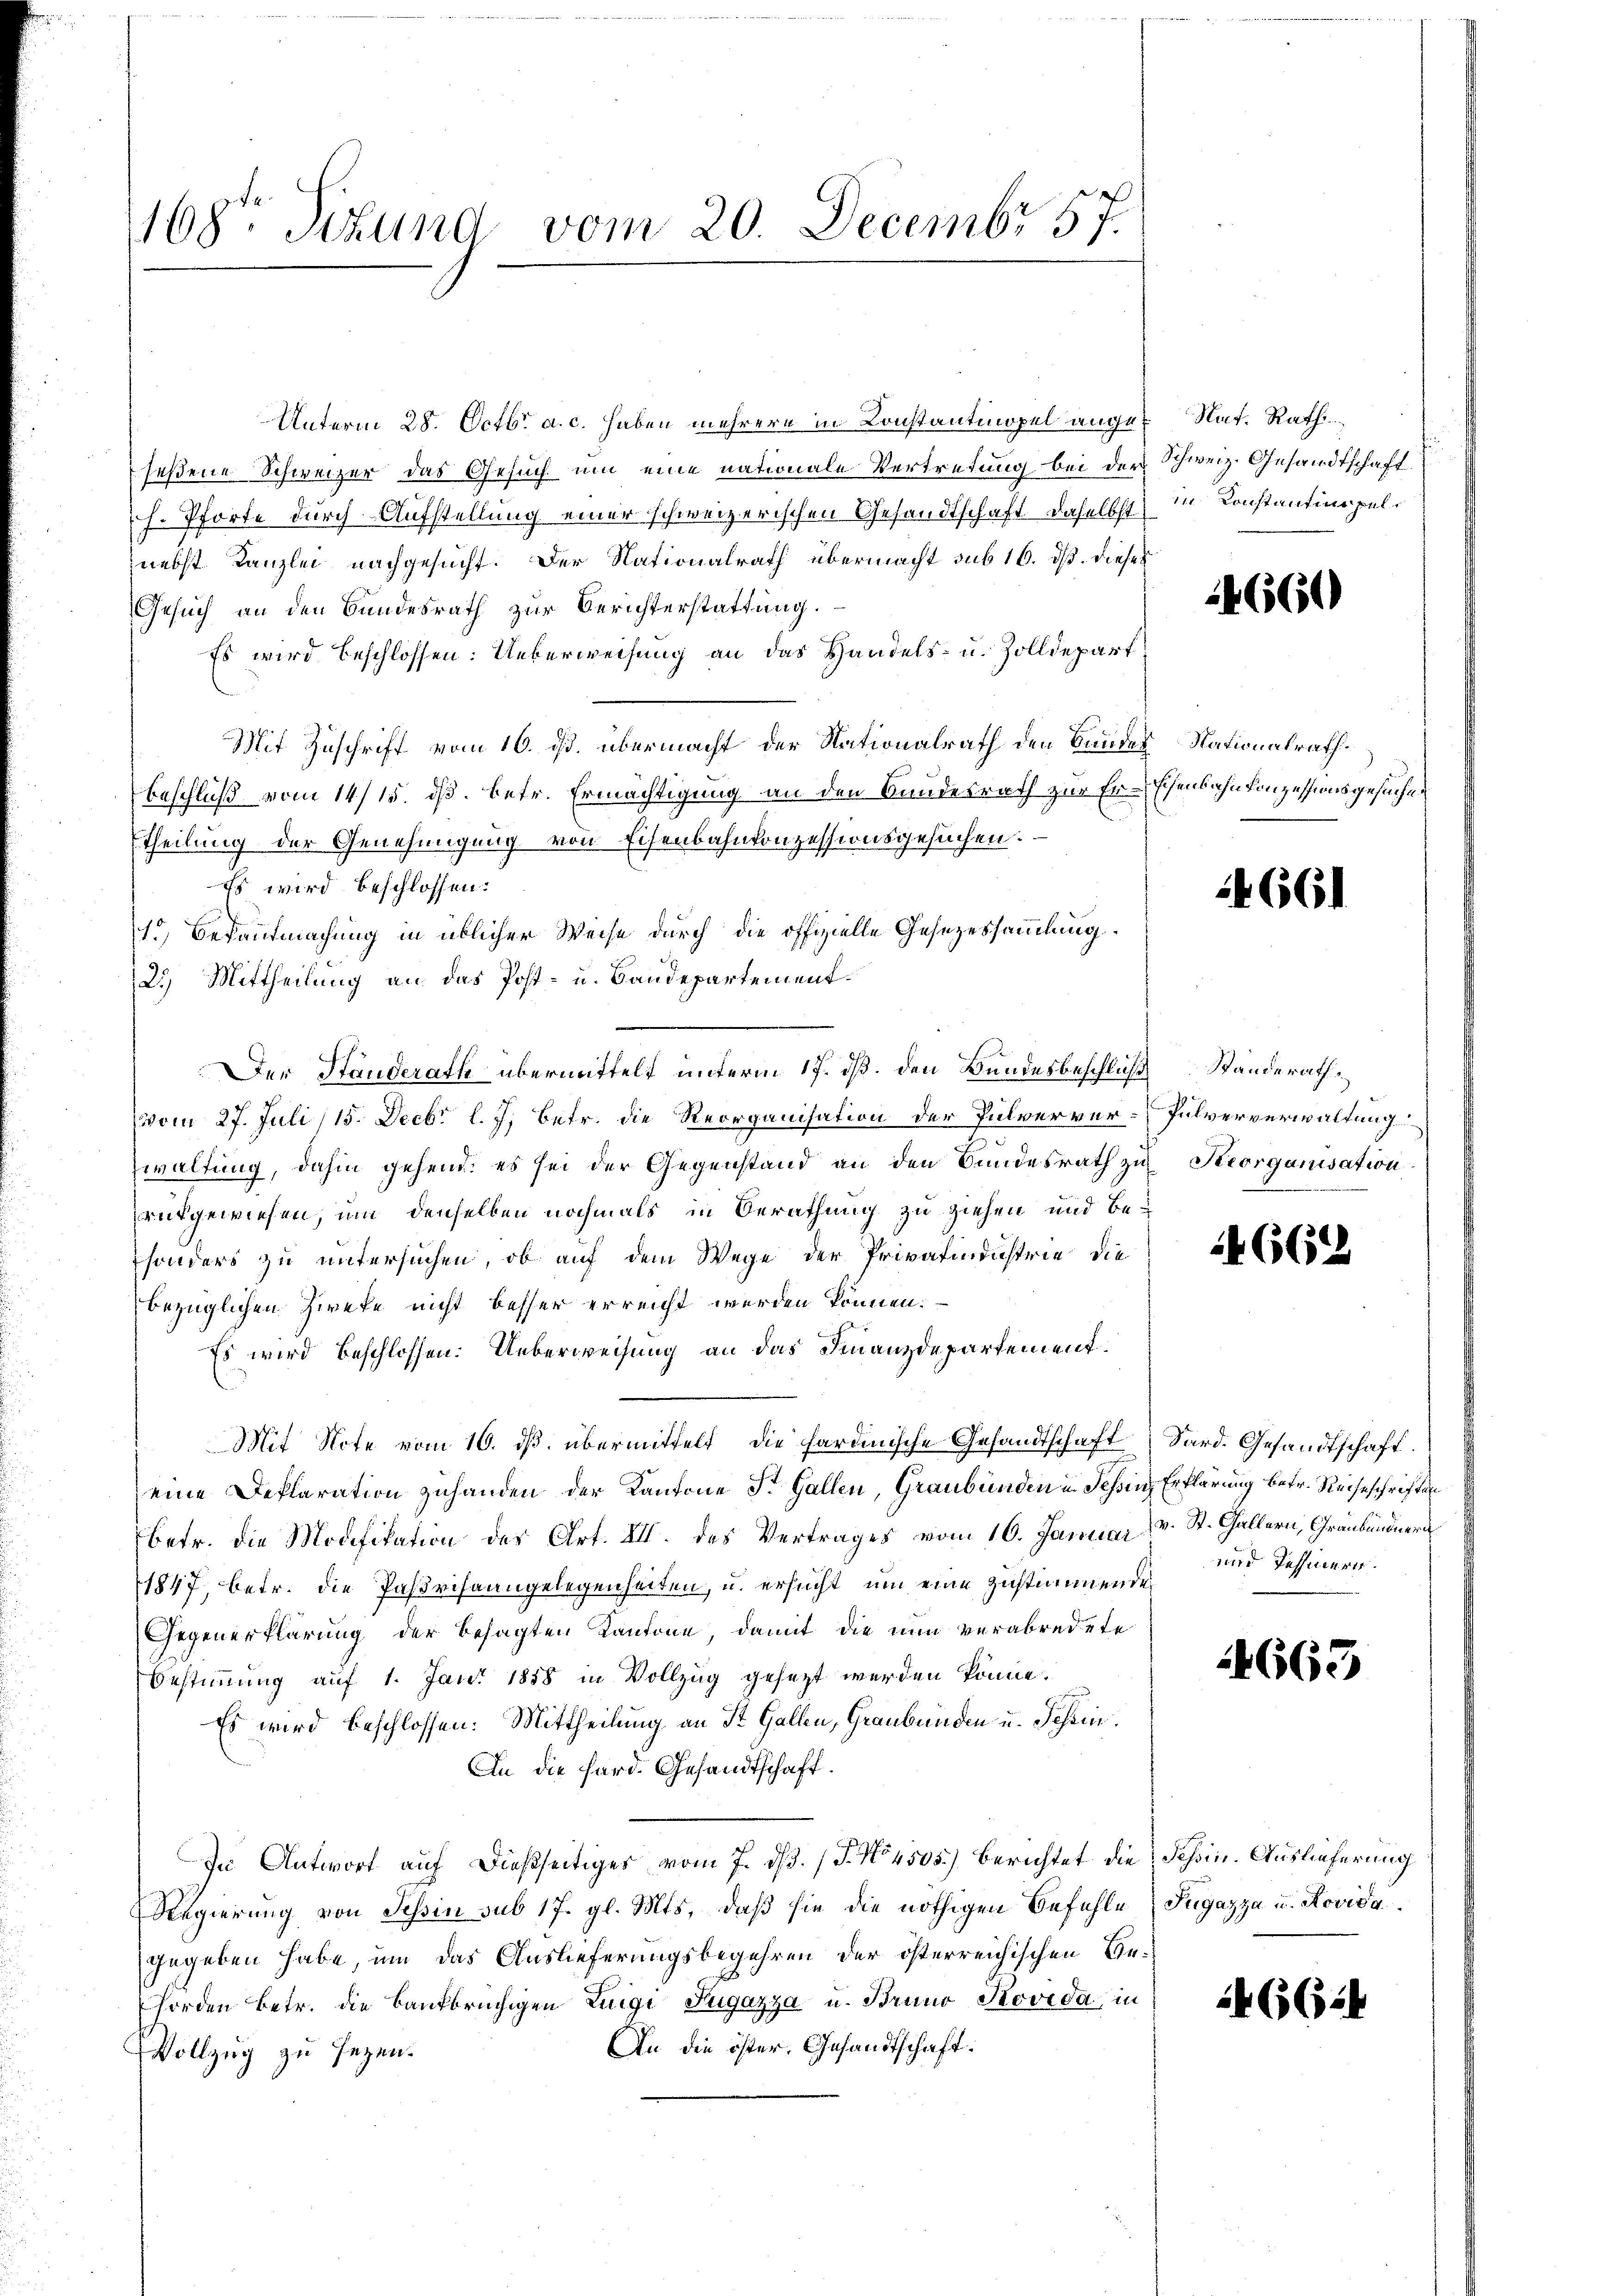
168te Sihund vom 20. Decembr 57.

Unterm 28. Octbr. a. c. haben mehrere in Konstantinopel angeseßene Schweizer das Gesuch um eine nationale Vertretung bei der
h. Pforte durch Aufstellung einer schweizerischen Gesandtschaft daselbst
nebst Kanzlei nachgesucht. Der Nationalrath übermacht sub 16. ds. dieses
Gesuch an den Bundesrath zur Berichterstattung.
Es wird beschlossen: Ueberweisung an das Handels- u. Zolldepart
Mit Zuschrift vom 16. ds. übermacht der Nationalrath den Baudes Nationalrath
Beschluß vom 14/15. ds. betr. Ermächtigung an den Bundesrath zur Er-Ehenbahnkonzessionsgesuchen
Theilung der Genehmigung von Eisenbahnkonzessionsgesuchen.
Es wird beschlossen:
1.) Bekantmachung in üblicher Weise durch die offizielle Gesezessammlung
2.) Mittheilung an das Post- u. Baudepartement¬
Der Standerath übermittelt unterm 17. dß. den Bundesbeschluß Standerath
vom 27. Juli 15. Decbr l. J. betr. die Reorganisation der Pulververwaltung, dahin gehend: es sei der Gegenstand an den Bundesrath zu Krorganisation
aufgewiesen, um denselben nochmals in Berathung zu ziehen und besonders zu untersuchen, ob auf dem Wege der Privatindustrie die
bezüglichen Zweke nicht besser erreicht werden können.
Es wird beschlossen: Ueberweisung an das Finanzdepartement.
Mit Note vom 16. ds. übermittelt, die harminische Gesandtschaft
eine Deflaration zuhanden der Kantone St. Gallen, Graubünden in Teßin Erklärung betr. Reiseschriften
betr. die Modifikation der Art. XII. des Vertrages vom 16. Januar v. St. Gallern, Graubündner
1847, betr. die Parisaangelegenheiten, u. ersucht, um eine zustimmende
Gegenerklärung der besagten Kantone, damit die nun verabredete
Bestimmung auf 1. Jani 1858 in Vollzug gesezt werden könne.
Es wird beschlossen: Mittheilung an St. Gallen, Graubünden u. Schein¬
An die Hard. Gesandtschaft.
In Antwort auf dießseitiges vom 7. ds. (T. No 4505.) Berichtet die Schin. Auslieferung
Regierung von Tessin sub 17. gl. Mts. daβ sie die nöthigen Befehle (Tugazza u. Rovica
gegeben habe, um das Auslieferungsbegehren der österreichischen Behorden betr. die Baufbrüchigen Luigi Sugazza u. Bruno Novida, in
An die öster. Gesandtschaft.
Vollzug zu sezen.

Nat. Rath
Schweiz. Gesandtschaft.
in Konstantinopel¬

1660

4661

Pulververwaltung

4662

Sard. Gesandtschaft.
und Tessinern.

24663

1466.4